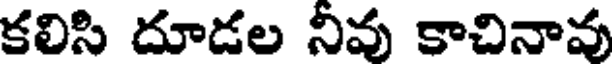
కలిసి దూడల నీవు కాచినావు